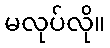
မလုပ်လို။